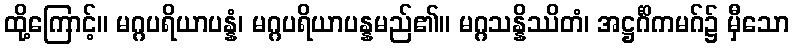
ထို့ကြောင့်။ မဂ္ဂပရိယာပန္နံ၊ မဂ္ဂပရိယာပန္နမည်၏။ မဂ္ဂသန္နိဿိတံ၊ အဋ္ဌင်္ဂိကမဂ်၌ မှီသော